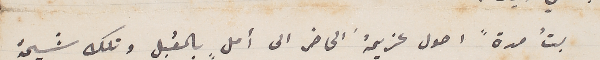
بتُ مدةً احول عزيمهُ الحاضر الى أملِ بالمقبل وتلك شيمة